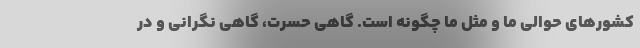
کشورهای حوالی ما و مثل ما چگونه است. گاهی حسرت، گاهی نگرانی و در